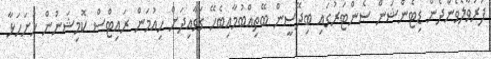
ފުރުވާލެވެންދެން ޑިޓެންޝަން ސެންޓަރުގައި ބިދޭސީން ބޭތިއްބުމާއިބެހޭ ގަވާއިދަށް ހިއުމަން ރައިޓްސް ކޮމިޝަނުން ހުށަހަޅާ